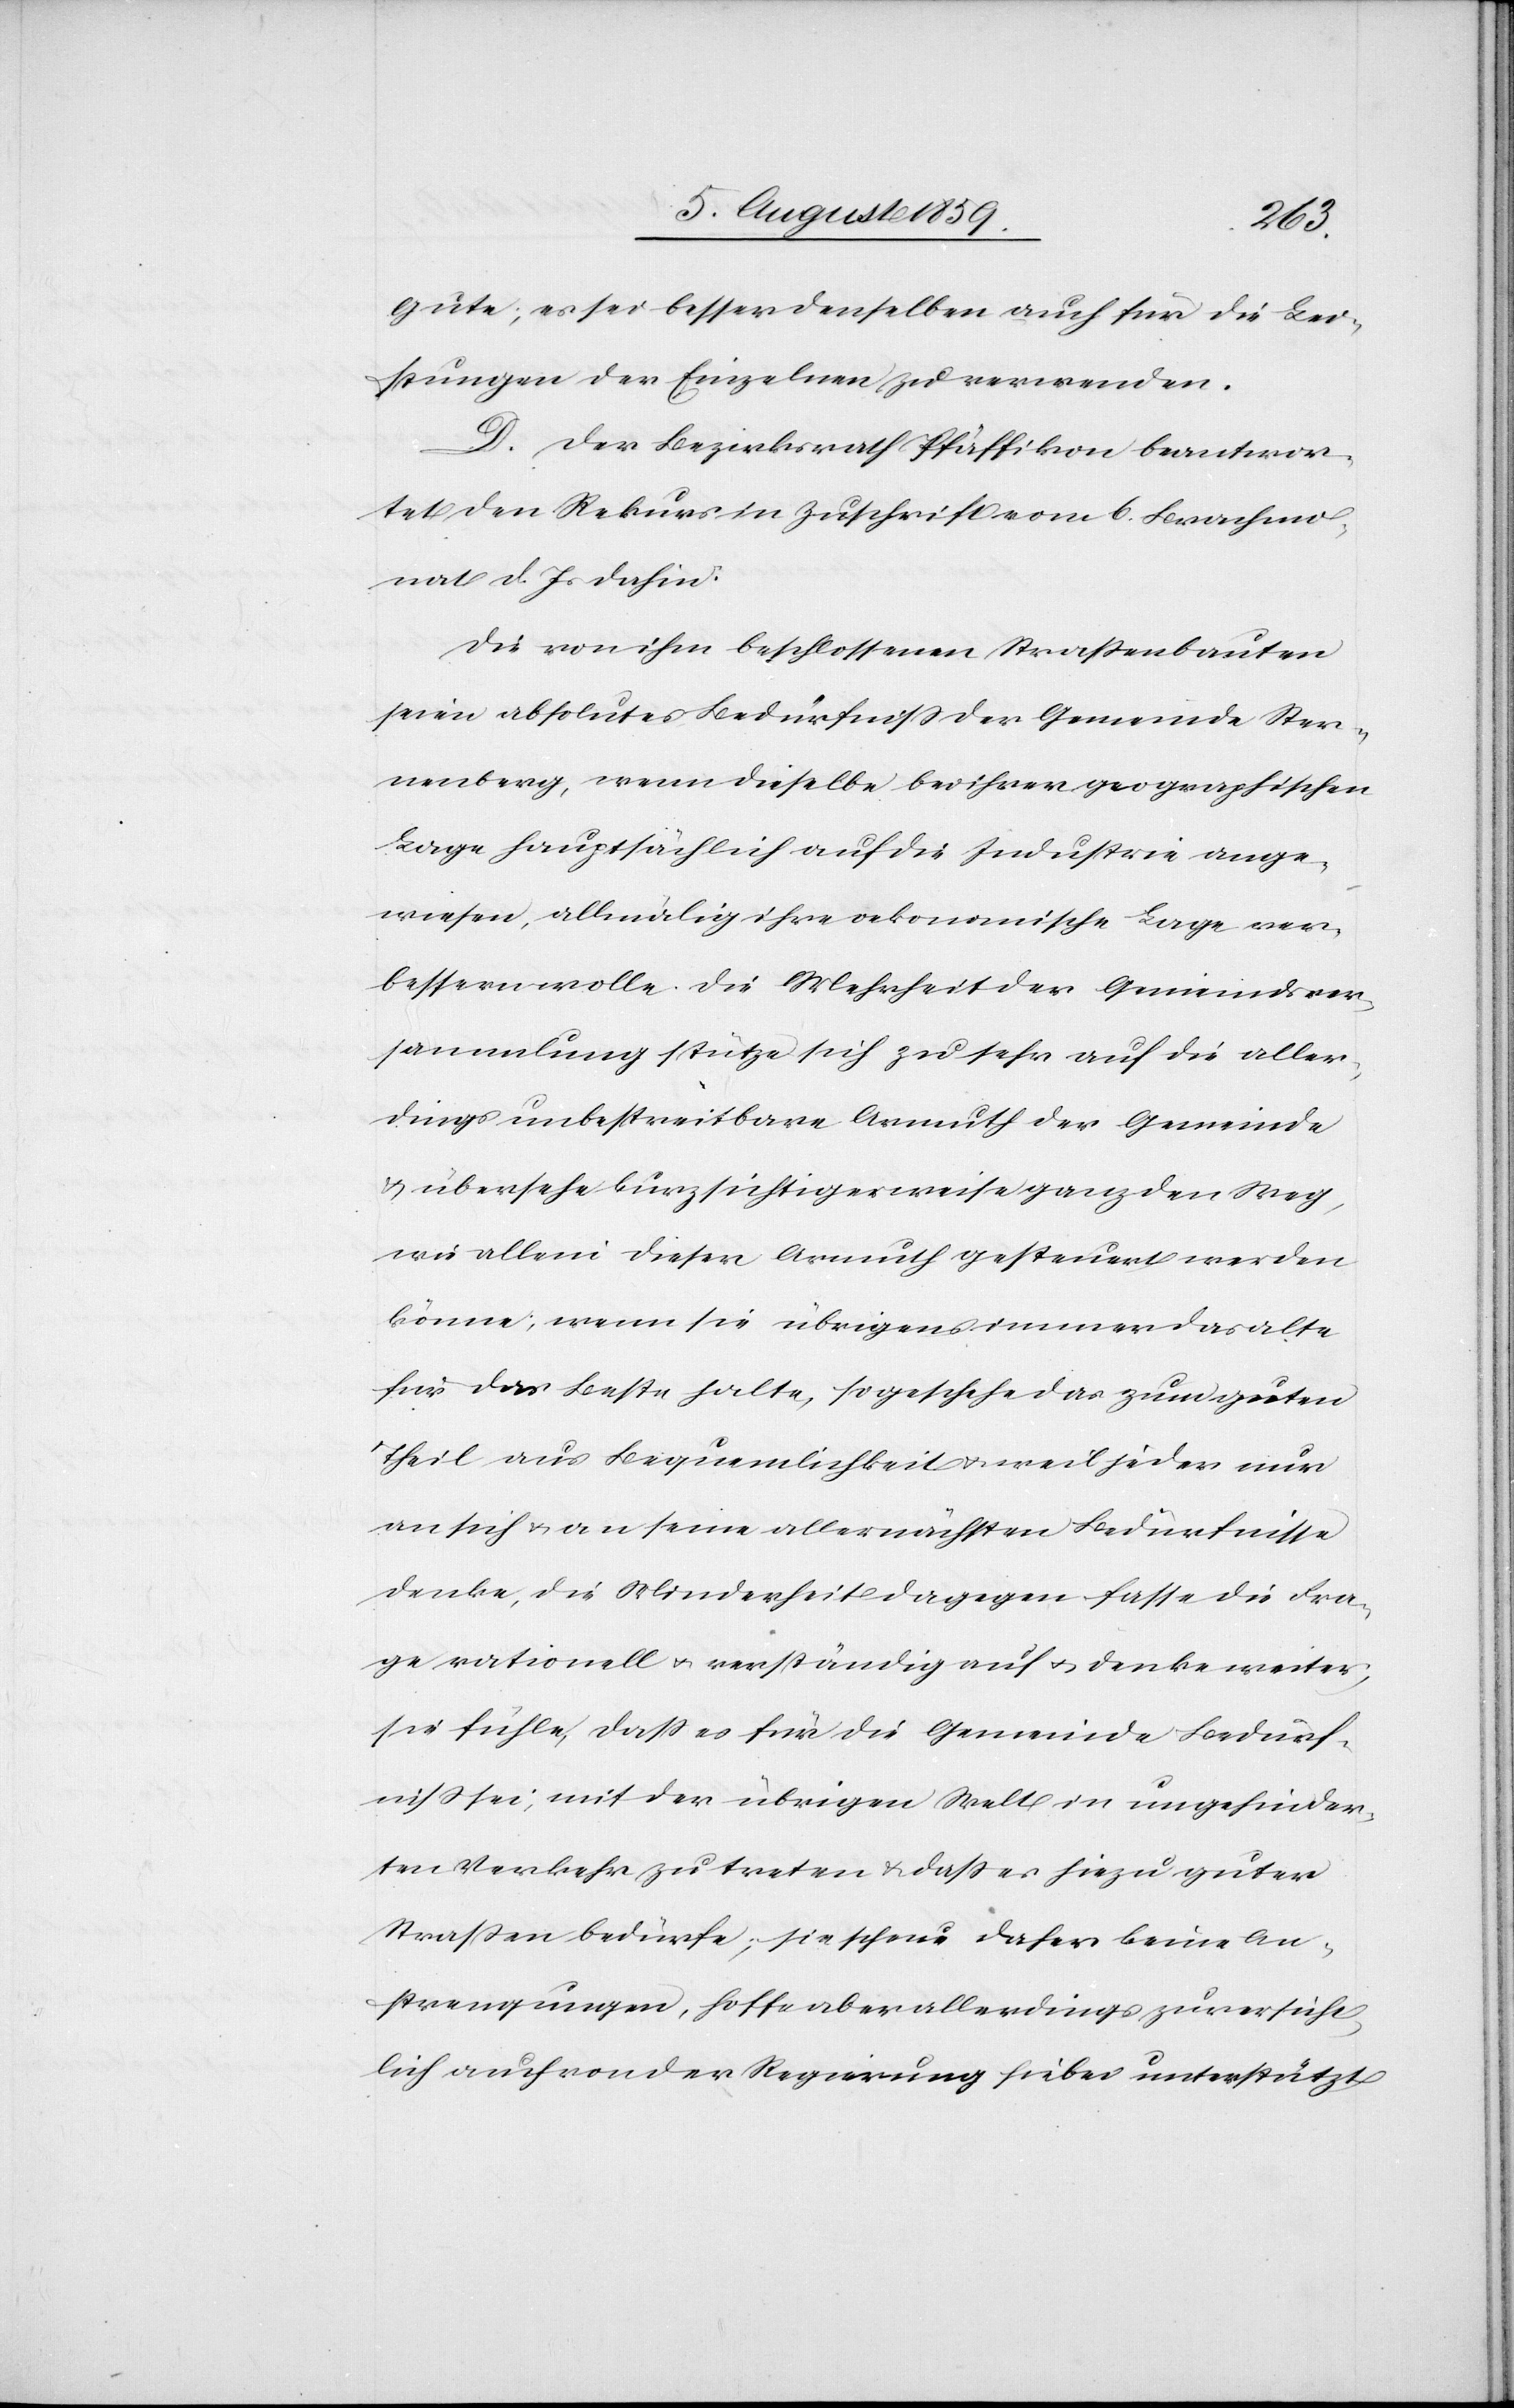
Gute; es sei besser denselben auch für die Lei¬
stungen der Einzelnen zu verwenden.
D. Der Bezirksrath Pfäffikon beantwor¬
tet den Rekurs in Zuschrift vom 6. Brachmo¬
nat d. Js. dahin:
Die von ihm beschlossenen Straßenbauten
seien absolutes Bedürfniß der Gemeinde Ster¬
nenberg, wenn dieselbe bei ihrer geographischen
Lage hauptsächlich auf die Industrie ange¬
wiesen, allmälig ihre oekonomische Lage ver¬
bessern wolle. Die Mehrheit der Gemeindsver¬
sammlung stütze sich zu sehr auf die aller¬
dings unbestreitbare Armuth der Gemeinde
u. übersehe kurzsichtigerweise ganz den Weg,
wie allein dieser Armuth gesteuert werden
könne; wenn sie übrigens immer das alte
für dies Beste halte, so geschehe das zum guten
Theil aus Bequemlichkeit u. weil jeder nur
an sich u. an seine allernächsten Bedürfnisse
denke, die Minderheit dagegen fasse die Fra¬
ge rationell u. verständig auf u. denke weiter
sie fühle, daß es für die Gemeinde Bedürf¬
niß sei; mit der übrigen Welt in ungehinder¬
ten Verkehr zu treten u. daß es hiezu guter
Straßen bedürfe; sie scheue daher keine An¬
strengungen, hoffe aber allerdings zuversicht¬
lich auch von der Regierung hiebei unterstützt